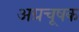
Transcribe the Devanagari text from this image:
अग्रचूषक